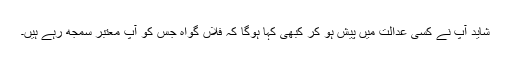
شاید آپ نے کسی عدالت میں پیش ہو کر کبھی کہا ہوگا کہ فلاں گواہ جس کو آپ معتبر سمجھ رہے ہیں۔